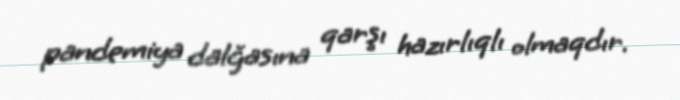
pandemiya dalğasına qarşı hazırlıqlı olmaqdır.